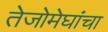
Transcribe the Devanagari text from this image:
तेजोमेघांचा